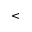
<